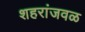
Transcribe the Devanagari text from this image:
शहरांजवळ